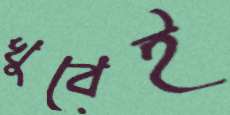
খুবেই